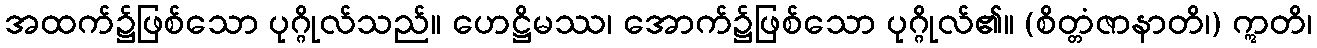
အထက်၌ဖြစ်သော ပုဂ္ဂိုလ်သည်။ ဟေဋ္ဌိမဿ၊ အောက်၌ဖြစ်သော ပုဂ္ဂိုလ်၏။ (စိတ္တံဇာနာတိ၊) ဣတိ၊